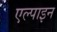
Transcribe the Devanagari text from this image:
एल्‍पाइन